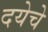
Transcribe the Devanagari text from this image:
दयेचे